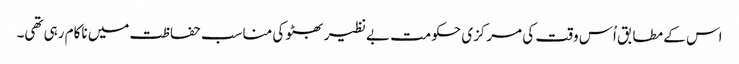
اس کے مطابق اُس وقت کی مرکزی حکومت بے نظیر بھٹو کی مناسب حفاظت میں ناکام رہی تھی۔